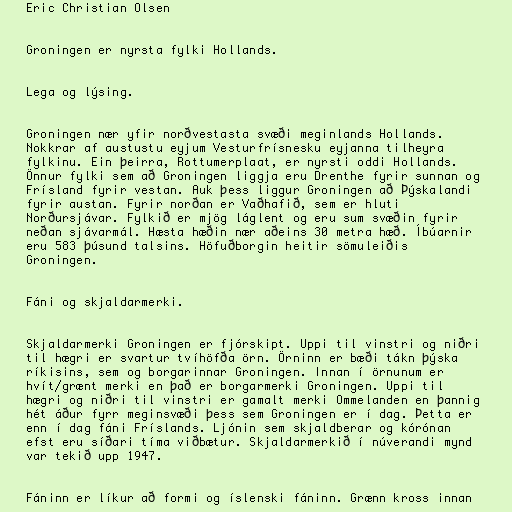
Eric Christian Olsen

Groningen er nyrsta fylki Hollands.

Lega og lýsing.

Groningen nær yfir norðvestasta svæði meginlands Hollands.
Nokkrar af austustu eyjum Vesturfrísnesku eyjanna tilheyra
fylkinu. Ein þeirra, Rottumerplaat, er nyrsti oddi Hollands.
Önnur fylki sem að Groningen liggja eru Drenthe fyrir sunnan og
Frísland fyrir vestan. Auk þess liggur Groningen að Þýskalandi
fyrir austan. Fyrir norðan er Vaðhafið, sem er hluti
Norðursjávar. Fylkið er mjög láglent og eru sum svæðin fyrir
neðan sjávarmál. Hæsta hæðin nær aðeins 30 metra hæð. Íbúarnir
eru 583 þúsund talsins. Höfuðborgin heitir sömuleiðis
Groningen.

Fáni og skjaldarmerki.

Skjaldarmerki Groningen er fjórskipt. Uppi til vinstri og niðri
til hægri er svartur tvíhöfða örn. Örninn er bæði tákn þýska
ríkisins, sem og borgarinnar Groningen. Innan í örnunum er
hvít/grænt merki en það er borgarmerki Groningen. Uppi til
hægri og niðri til vinstri er gamalt merki Ommelanden en þannig
hét áður fyrr meginsvæði þess sem Groningen er í dag. Þetta er
enn í dag fáni Fríslands. Ljónin sem skjaldberar og kórónan
efst eru síðari tíma viðbætur. Skjaldarmerkið í núverandi mynd
var tekið upp 1947.

Fáninn er líkur að formi og íslenski fáninn. Grænn kross innan